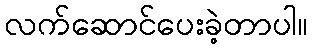
လက်ဆောင်ပေးခဲ့တာပါ။